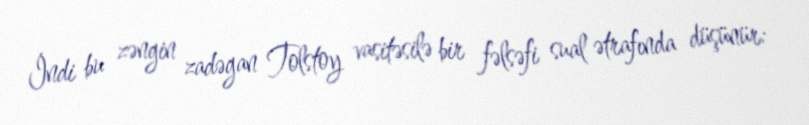
İndi bu zəngin zadəgan Tolstoy vasitəsilə bir fəlsəfi sual ətrafında düşünür: